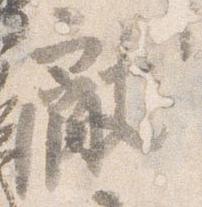
献